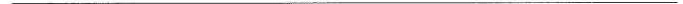
___